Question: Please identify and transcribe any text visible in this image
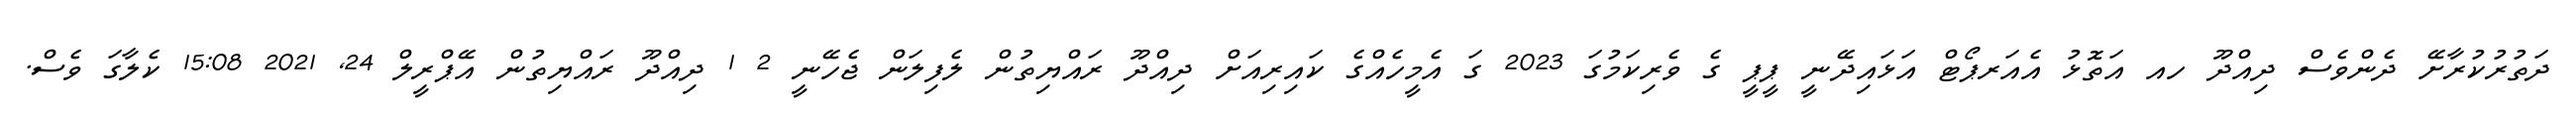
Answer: ދަތުރުކުރާށޭ ދެންވެސް ދިއްދޫ ހއ އަތޮޅު އެއަރޕޯޓް އަޅައިދޭނީ ޕީޕީ ގެ ވެރިކަމުގަ 2023 ގަ އެމީހެއްގެ ކައިރިއަށް ދިއްދޫ ރައްޔިތުން ލެފިލަން ޖެހޭނީ 2 1 ދިއްދޫ ރައްޔިތުން އޭޕްރީލް 24, 2021 15:08 ކެލާގަ ވެސް.